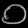
Digit: ၀